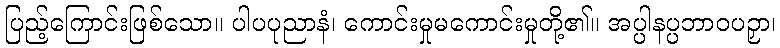
ပြည့်ကြောင်းဖြစ်သော။ ပါပပုညာနံ၊ ကောင်းမှုမကောင်းမှုတို့၏။ အပ္ပါနပ္ပဘာဝပဉှာ၊